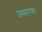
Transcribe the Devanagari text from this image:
जवासारख्या